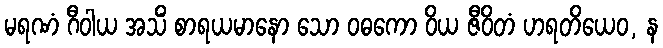
မရဏံ ဂီဝါယ အသိံ စာရယမာနော သော ဝဓကော ဝိယ ဇီဝိတံ ဟရတိယေဝ, န